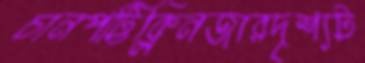
চানপট্টিক্লিনজারদৃশ্যট